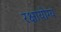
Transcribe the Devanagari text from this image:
रक्षायोग्य